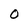
Character: O